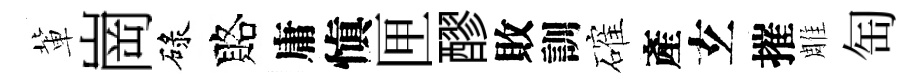
軰崗碌賂庸愼匣醪敗訓確產𤣥摧雕匋